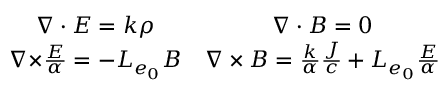
\begin{array} { c c } { \boldsymbol { \nabla \cdot E } = k \rho } & { \boldsymbol { \nabla \cdot B } = 0 } \\ { \boldsymbol { \nabla \times } \frac { \boldsymbol { E } } { \alpha } = - L _ { e _ { 0 } } \boldsymbol { B } } & { \boldsymbol { \nabla \times B } = \frac { k } { \alpha } \frac { \boldsymbol { J } } { c } + L _ { e _ { 0 } } \frac { \boldsymbol { E } } { \alpha } } \end{array}